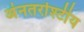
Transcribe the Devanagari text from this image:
अंनतर्राश्टीय